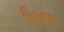
ઉમજા